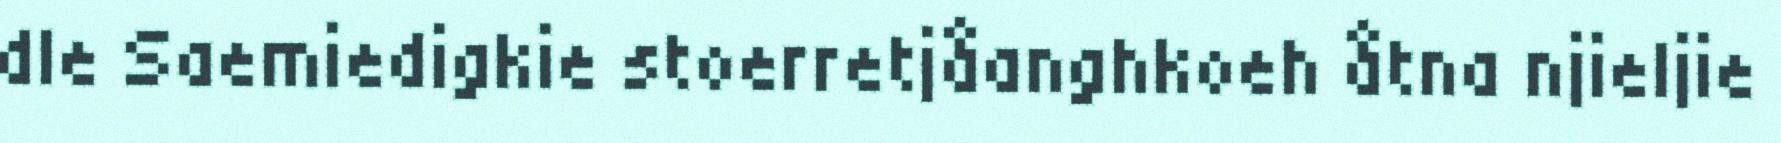
dle Saemiedigkie stoerretjåanghkoeh åtna njieljie